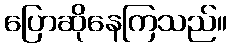
ပြောဆိုနေကြသည်။